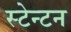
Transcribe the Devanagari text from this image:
स्टेन्टन